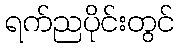
ရက်ညပိုင်းတွင်